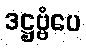
ဒဋ္ဌဗ္ဗံပေ